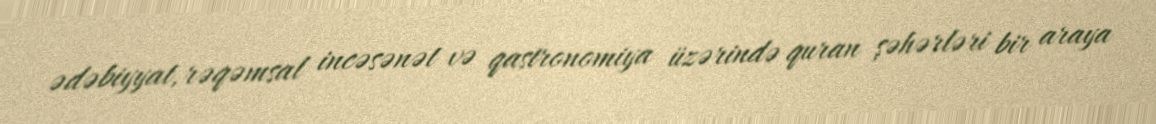
ədəbiyyat, rəqəmsal incəsənət və qastronomiya üzərində quran şəhərləri bir araya